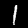
Label: 1